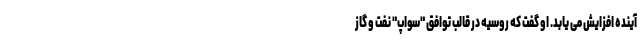
آینده افزایش می یابد. او گفت که روسیه در قالب توافق "سواپ" نفت و گاز